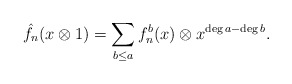
\begin{align*}\hat f_n(x\otimes 1) = \sum_{b\le a} f_n^b(x)\otimes x^{\deg a -\deg b}. \end{align*}